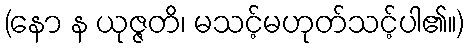
(နော န ယုဇ္ဇတိ၊ မသင့်မဟုတ်သင့်ပါ၏။)